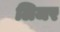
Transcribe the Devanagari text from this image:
लिजर